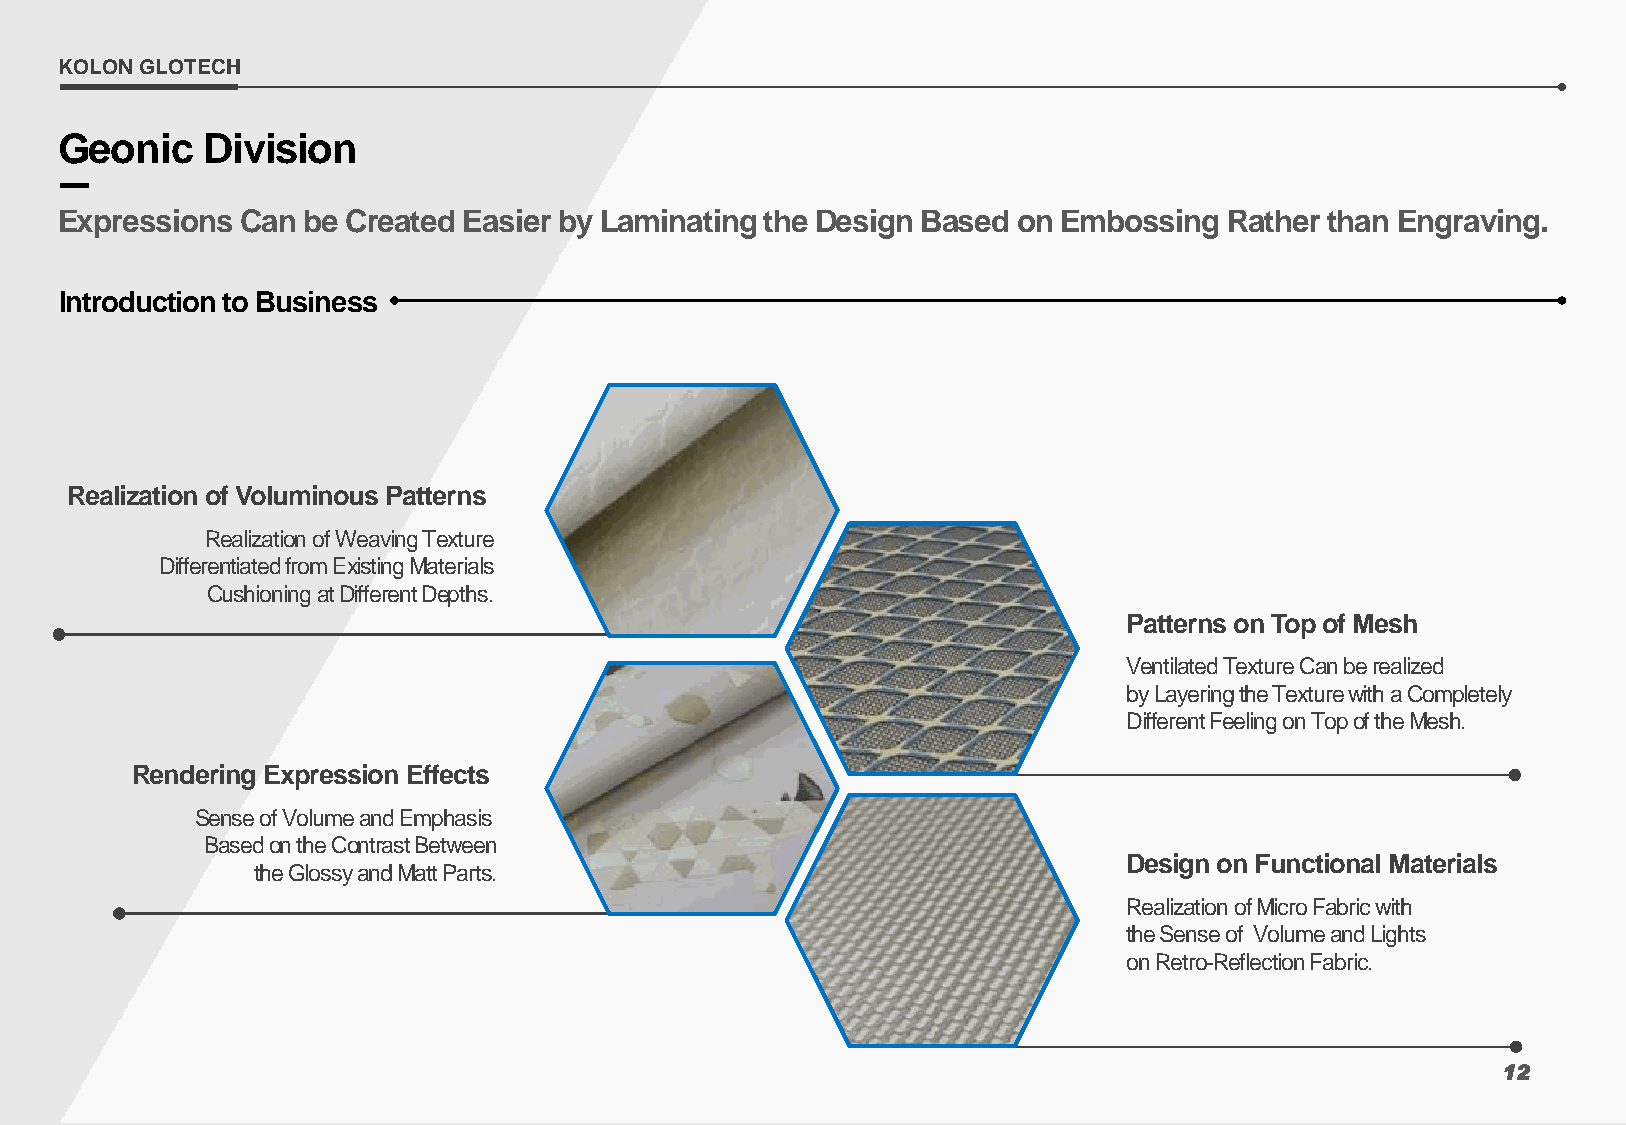
KOLON GLOTECH
 Geonic   Division
 Expressions Can be Created Easier by Laminating the Design Based on Embossing Rather than Engraving.
 Introduction to Business
 Realization of Voluminous Patterns
 Realization of Weaving Texture
 Differentiated from Existing Materials
 Cushioning at Different Depths.
 Patterns on Top of Mesh
 Ventilated Texture Can be realized
 by Layering the Texture with a Completely
 Different Feeling on Top of the Mesh.
 Rendering Expression Effects
 Sense of Volume and Emphasis
 Based on the Contrast Between
 Design on Functional Materials
 the Glossy and Matt Parts.
 Realization of Micro Fabric with
 the Sense of Volume and Lights
 on Retro-Reflection Fabric.
 12